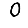
Digit: 0